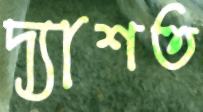
দ্যাশত